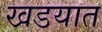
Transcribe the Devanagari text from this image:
खडयात